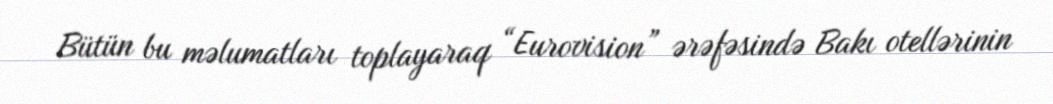
Bütün bu məlumatları toplayaraq “Eurovision” ərəfəsində Bakı otellərinin